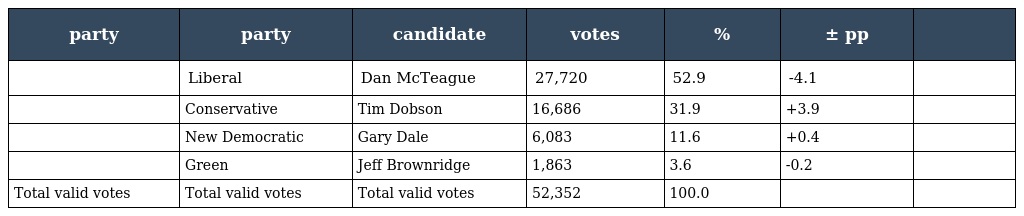
| party | party | candidate | votes | % | ± pp |  |
 | --- | --- | --- | --- | --- | --- | --- |
 |  | Liberal | Dan McTeague | 27,720 | 52.9 | -4.1 |  |
 |  | Conservative | Tim Dobson | 16,686 | 31.9 | +3.9 |  |
 |  | New Democratic | Gary Dale | 6,083 | 11.6 | +0.4 |  |
 |  | Green | Jeff Brownridge | 1,863 | 3.6 | -0.2 |  |
 | Total valid votes | Total valid votes | Total valid votes | 52,352 | 100.0 |  |  |